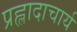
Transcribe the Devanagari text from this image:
प्रह्लादाचार्य